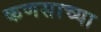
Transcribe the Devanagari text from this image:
कणसाच्या